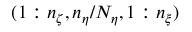
( 1 : n _ { \zeta } , n _ { \eta } / N _ { \eta } , 1 : n _ { \xi } )